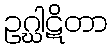
ဥဂ္ဃါဋိတာ